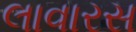
લાવારસ